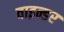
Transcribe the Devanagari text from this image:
वाइन्डर